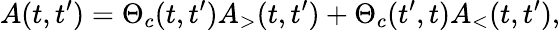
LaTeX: A(t,t^{\prime})=\Theta_{c}(t,t^{\prime})A_{>}(t,t^{\prime})+\Theta_{c}(t^{\prime},t)A_{<}(t,t^{\prime}),